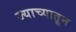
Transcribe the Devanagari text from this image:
ज्याच्यातून